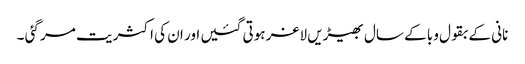
نانی کے بقول وبا کے سال بھیڑیں لاغر ہوتی گئیں اور ان کی اکثریت مر گئی ۔